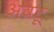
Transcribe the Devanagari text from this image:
अवटू